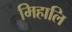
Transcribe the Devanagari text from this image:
मिहालि